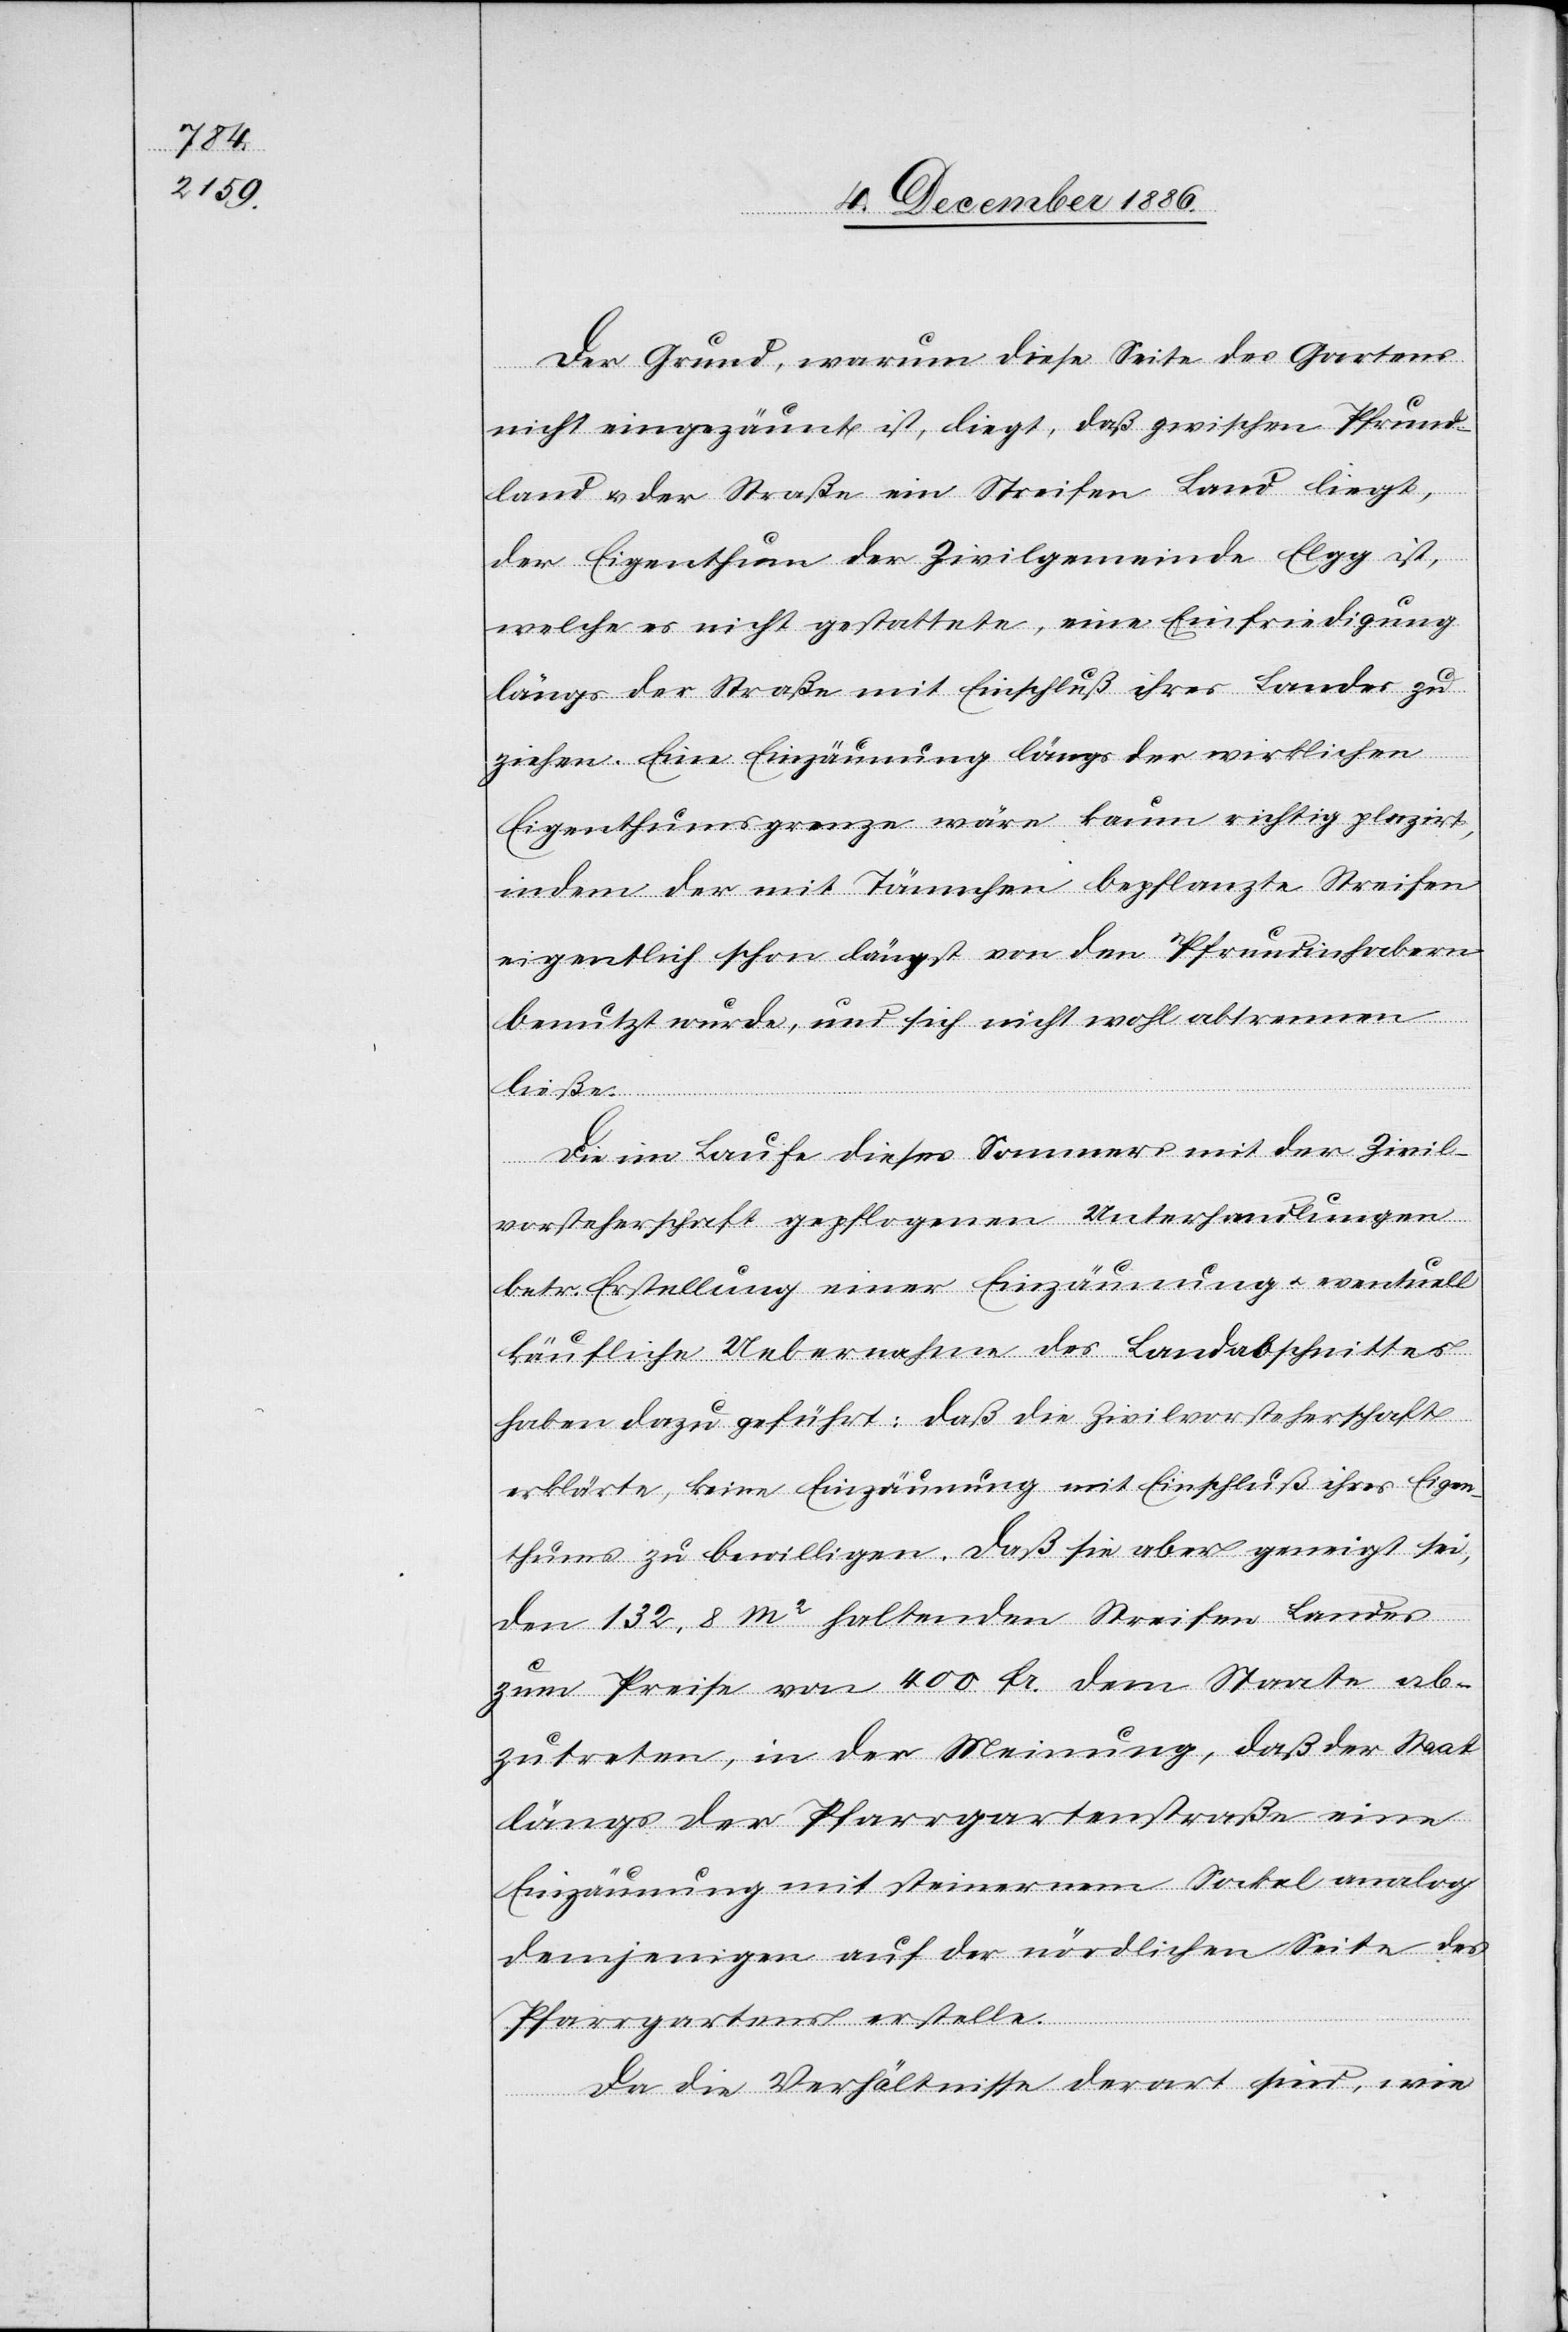
Der Grund, warum diese Seite des Gartens
nicht eingezäunt ist, liegt [darin], daß zwischen Pfrund¬
land & der Straße ein Streifen Land liegt,
der Eigenthum der Zivilgemeinde Elgg ist,
welche es nicht gestattete, eine Einfriedigung
längs der Straße mit Einschluß ihres Landes zu
ziehen. Eine Einzäunung längs der wirklichen
Eigenthumsgrenze wäre kaum richtig plazirt,
indem der mit Tännchen bepflanzte Streifen
eigentlich schon längst von den Pfrundinhabern
benutzt wurde, und sich nicht wohl abtrennen
ließe.
Die im Laufe dieses Sommers mit der Zivil¬
vorsteherschaft gepflogenen Unterhandlungen
betr. Erstellung einer Einzäunung & eventuell
käufliche Uebernahme des Landabschnittes
haben dazu geführt: daß die Zivilvorsteherschaft
erklärte, keine Einzäunung mit Einschluß ihres Eigen¬
thums zu bewilligen. Daß sie aber geneigt sei,
den 132,8m2 haltenden Streifen Landes
zum Preise von 400 Fr. dem Staate ab¬
zutreten, in der Meinung, daß der Staat
längs der Pfarrgartenstraße eine
Einzäunung mit steinernem Sockel analog
demjenigen auf der nördlichen Seite des
Pfarrgartens erstelle.
Da die Verhältnisse derart sind, wie